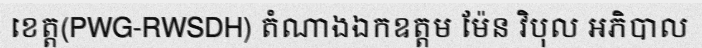
ខេត្ត(PWG-RWSDH) តំណាងឯកឧត្តម ម៉ែន វិបុល អភិបាល